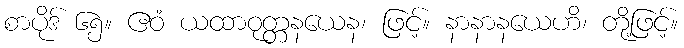
စာပိုဒ် ၆၅။ ဧဝံ ယထာဝုတ္တနယေန၊ ဖြင့်။ နာနာနယေဟိ၊ တို့ဖြင့်။